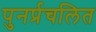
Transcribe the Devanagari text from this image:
पुनर्प्रचलित